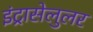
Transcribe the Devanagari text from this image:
इंट्रासेलुलर